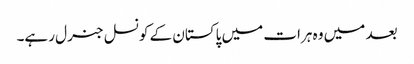
بعد میں وہ ہرات میں پاکستان کے کونسل جنرل رہے۔